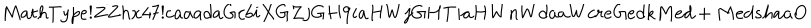
M a t h T y p e ! Z Z h x 4 7 ! c a a a d a G c b i X G Z j G H 9 i a H W j G H T i a H W n W d a a W c r e G e d k M e d + M e d s h a a O